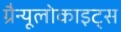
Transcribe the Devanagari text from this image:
ग्रैन्यूलोकाइट्स